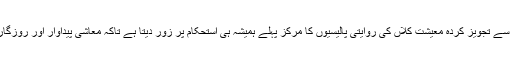
آئی ایم ایف کی جانب سے تجویز کردہ معیشت کلاں کی روایتی پالیسیوں کا مرکز پہلے ہمیشہ ہی استحکام پر زور دیتا ہے تاکہ معاشی پیداوار اور روزگار میں اضافہ ہوسکے۔